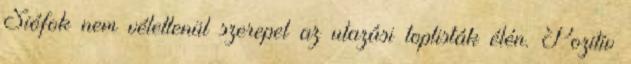
Siófok nem véletlenül szerepel az utazási toplisták élén. Pozitív